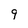
Character: 9